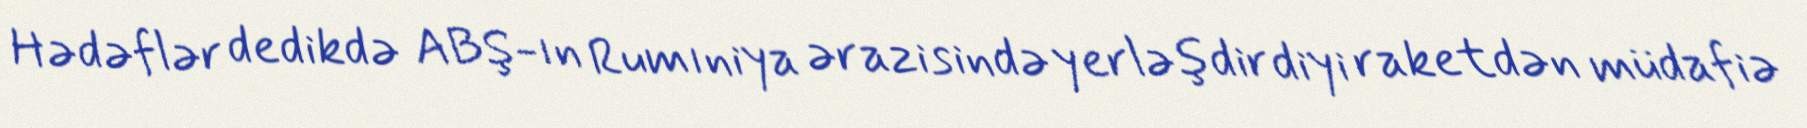
Hədəflər dedikdə ABŞ-ın Rumıniya ərazisində yerləşdirdiyi raketdən müdafiə